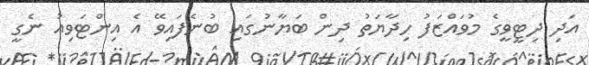
އަދި ދިޓީވީގެ މުވައްޒަފު ހިދާޔަތު ދިން ބަޔާނުގައި ބުނެފައިވޭ އެ އިންޓަވިއު ނެގީ